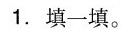
1.填一填。